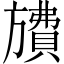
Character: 𪰂